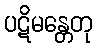
ပဋိမန္တေတု